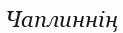
Чаплиннің